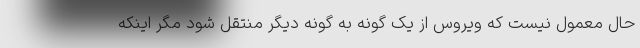
حال معمول نیست که ویروس از یک گونه به گونه دیگر منتقل شود مگر اینکه